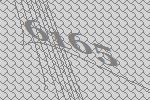
6165